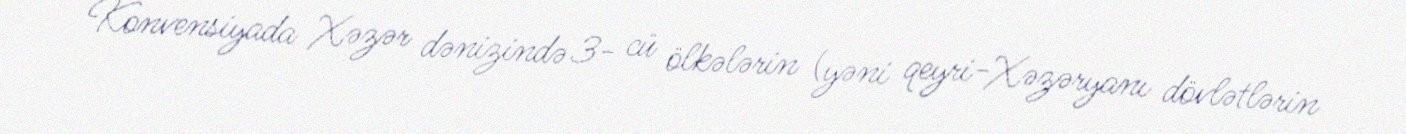
Konvensiyada Xəzər dənizində 3- cü ölkələrin (yəni qeyri-Xəzəryanı dövlətlərin